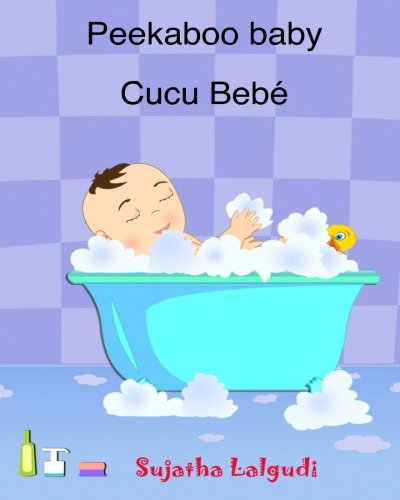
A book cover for Peekaboo baby. Cucu Bebe: Um livro ilustrado para crianÃ§as. (Bilingual Edition) English Portuguese Picture book for children. Kids book in Portuguese. ... crianÃ§as) (Volume 1) (Portuguese Edition); Sujatha Lalgudi; Children's Books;